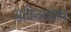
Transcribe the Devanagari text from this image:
अविनाभाव